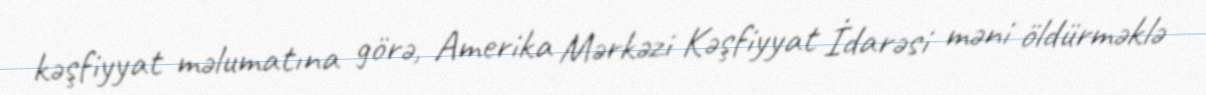
kəşfiyyat məlumatına görə, Amerika Mərkəzi Kəşfiyyat İdarəsi məni öldürməklə